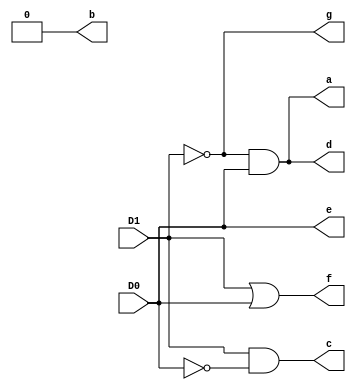
module segdriver_trials(D1,D0,a,b,c,d,e,f,g);
input D1,D0;
output a,b,c,d,e,f,g;

assign a = ~D1 & D0;
assign b = 0;
assign c = D1 & ~D0;
assign d = ~D1 & D0;
assign e = D0;
assign f = D1 | D0;
assign g = ~D1;

endmodule